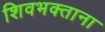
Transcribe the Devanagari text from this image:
शिवभक्ताना